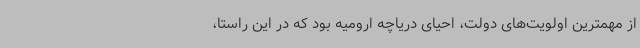
از مهمترین اولویت‌های دولت، احیای دریاچه ارومیه بود که در این راستا،